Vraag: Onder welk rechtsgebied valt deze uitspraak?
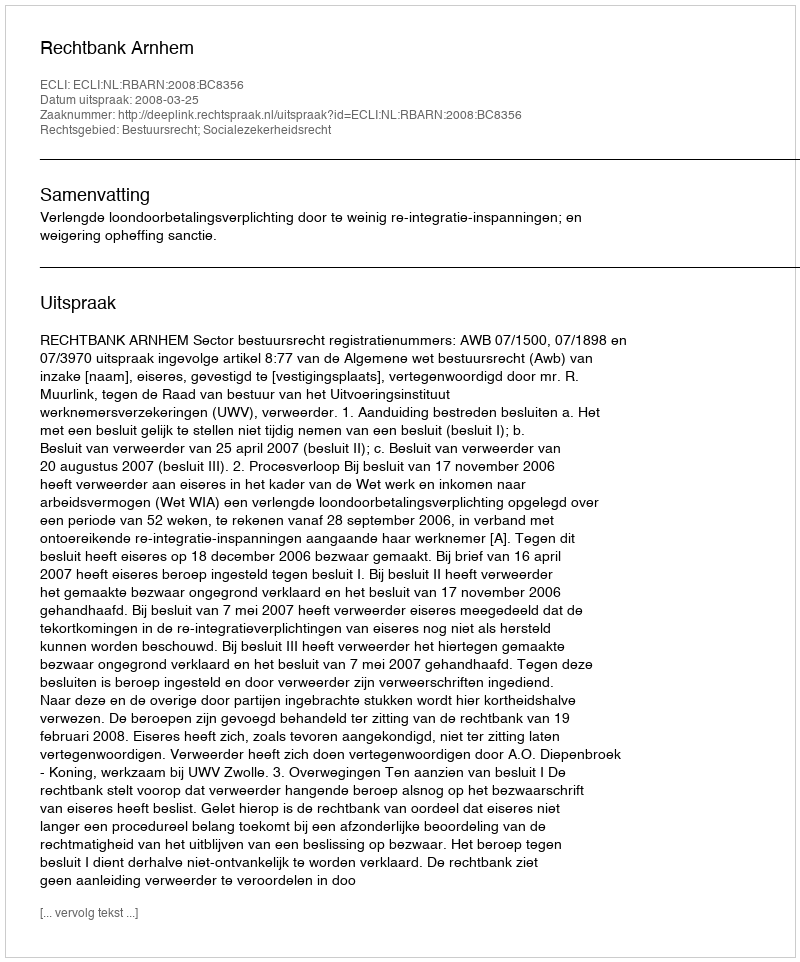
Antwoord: Bestuursrecht; Socialezekerheidsrecht